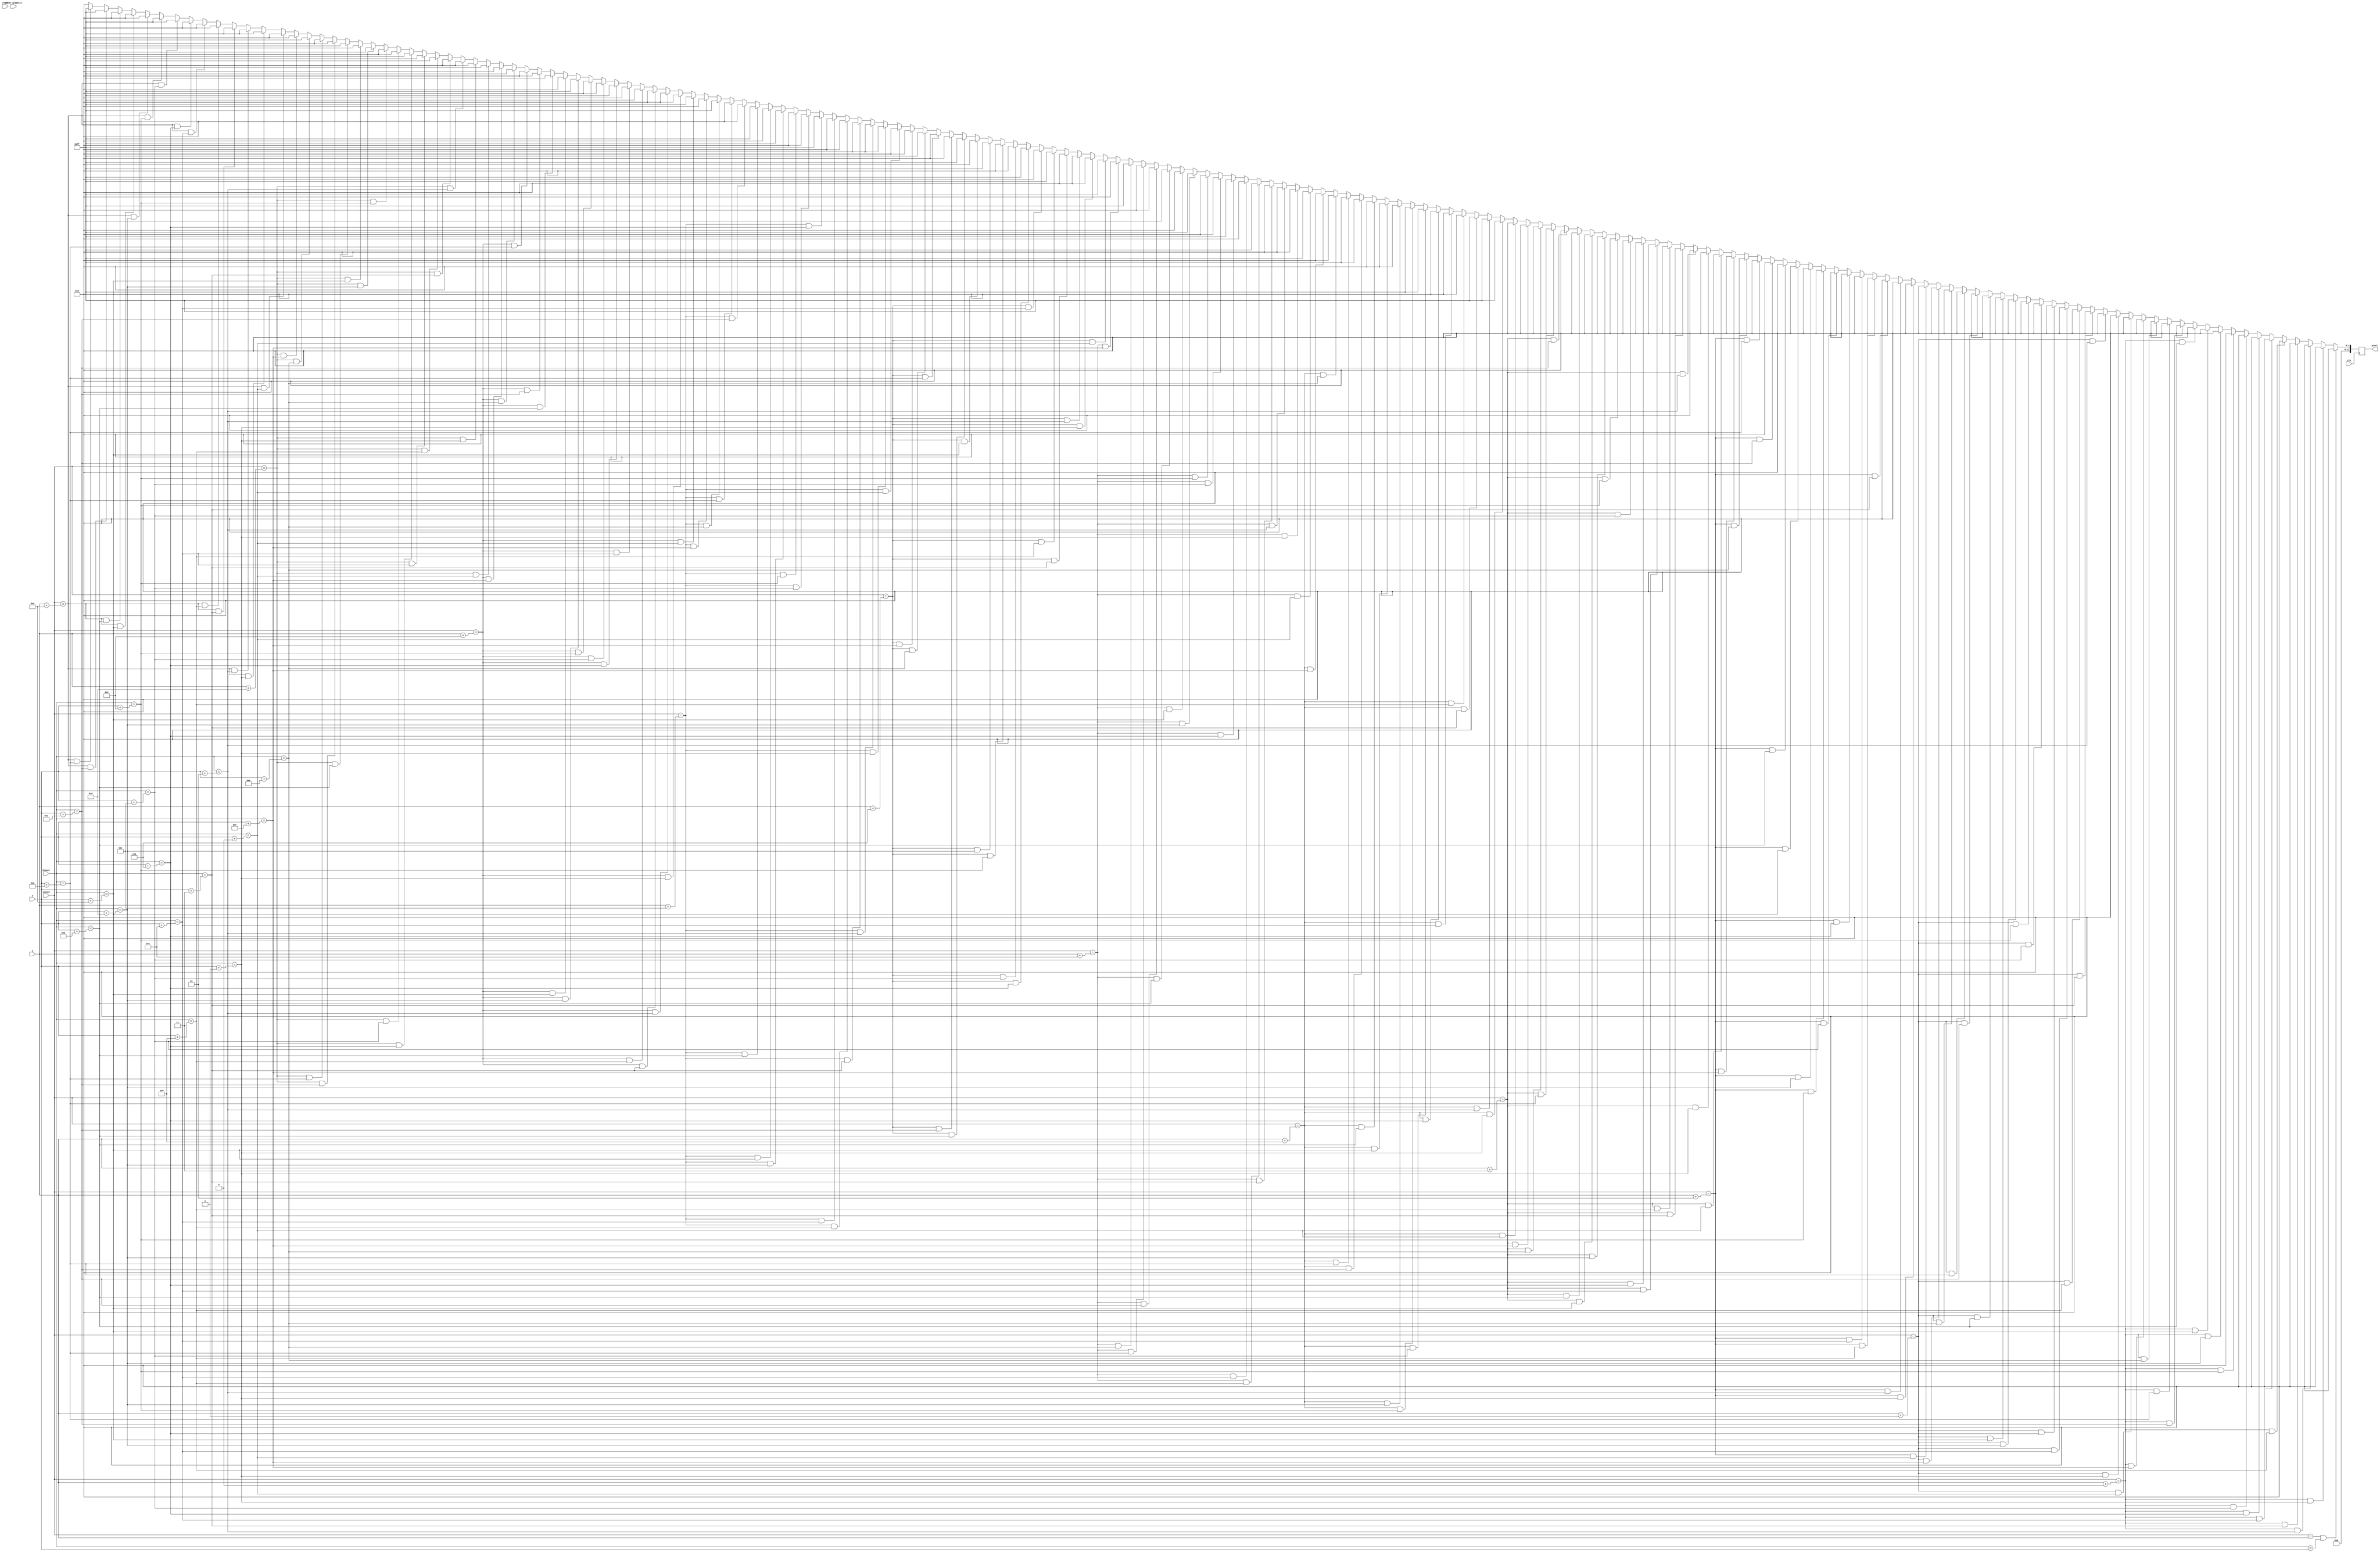
module points_800 (
    input clk,
    input reset,
    input inner_graphics,
    input [10:0] hcount,
    input [9:0] vcount,
    input [10:0] x,
    input [9:0] y,
    output reg [11:0] pixel
    );

    always @(posedge clk) begin
        if (vcount == y && hcount == x) pixel <= 12'h000;
        else if (vcount == y + 0 && hcount == x + 1) pixel <= 12'h000;
        else if (vcount == y + 0 && hcount == x + 2) pixel <= 12'h000;
        else if (vcount == y + 0 && hcount == x + 3) pixel <= 12'h000;
        else if (vcount == y + 0 && hcount == x + 4) pixel <= 12'h000;
        else if (vcount == y + 0 && hcount == x + 5) pixel <= 12'h000;
        else if (vcount == y + 0 && hcount == x + 6) pixel <= 12'h000;
        else if (vcount == y + 0 && hcount == x + 7) pixel <= 12'h000;
        else if (vcount == y + 0 && hcount == x + 8) pixel <= 12'h000;
        else if (vcount == y + 0 && hcount == x + 9) pixel <= 12'h000;
        else if (vcount == y + 0 && hcount == x + 10) pixel <= 12'h000;
        else if (vcount == y + 0 && hcount == x + 11) pixel <= 12'h000;
        else if (vcount == y + 0 && hcount == x + 12) pixel <= 12'h000;
        else if (vcount == y + 0 && hcount == x + 13) pixel <= 12'h000;
        else if (vcount == y + 0 && hcount == x + 14) pixel <= 12'h000;
        else if (vcount == y + 0 && hcount == x + 15) pixel <= 12'h000;
        else if (vcount == y + 1 && hcount == x + 0) pixel <= 12'h000;
        else if (vcount == y + 1 && hcount == x + 1) pixel <= 12'h000;
        else if (vcount == y + 1 && hcount == x + 2) pixel <= 12'h000;
        else if (vcount == y + 1 && hcount == x + 3) pixel <= 12'h000;
        else if (vcount == y + 1 && hcount == x + 4) pixel <= 12'h000;
        else if (vcount == y + 1 && hcount == x + 5) pixel <= 12'h000;
        else if (vcount == y + 1 && hcount == x + 6) pixel <= 12'h000;
        else if (vcount == y + 1 && hcount == x + 7) pixel <= 12'h000;
        else if (vcount == y + 1 && hcount == x + 8) pixel <= 12'h000;
        else if (vcount == y + 1 && hcount == x + 9) pixel <= 12'h000;
        else if (vcount == y + 1 && hcount == x + 10) pixel <= 12'h000;
        else if (vcount == y + 1 && hcount == x + 11) pixel <= 12'h000;
        else if (vcount == y + 1 && hcount == x + 12) pixel <= 12'h000;
        else if (vcount == y + 1 && hcount == x + 13) pixel <= 12'h000;
        else if (vcount == y + 1 && hcount == x + 14) pixel <= 12'h000;
        else if (vcount == y + 1 && hcount == x + 15) pixel <= 12'h000;
        else if (vcount == y + 2 && hcount == x + 0) pixel <= 12'h000;
        else if (vcount == y + 2 && hcount == x + 1) pixel <= 12'h000;
        else if (vcount == y + 2 && hcount == x + 2) pixel <= 12'h000;
        else if (vcount == y + 2 && hcount == x + 3) pixel <= 12'h000;
        else if (vcount == y + 2 && hcount == x + 4) pixel <= 12'h000;
        else if (vcount == y + 2 && hcount == x + 5) pixel <= 12'h000;
        else if (vcount == y + 2 && hcount == x + 6) pixel <= 12'h000;
        else if (vcount == y + 2 && hcount == x + 7) pixel <= 12'h000;
        else if (vcount == y + 2 && hcount == x + 8) pixel <= 12'h000;
        else if (vcount == y + 2 && hcount == x + 9) pixel <= 12'h000;
        else if (vcount == y + 2 && hcount == x + 10) pixel <= 12'h000;
        else if (vcount == y + 2 && hcount == x + 11) pixel <= 12'h000;
        else if (vcount == y + 2 && hcount == x + 12) pixel <= 12'h000;
        else if (vcount == y + 2 && hcount == x + 13) pixel <= 12'h000;
        else if (vcount == y + 2 && hcount == x + 14) pixel <= 12'h000;
        else if (vcount == y + 2 && hcount == x + 15) pixel <= 12'h000;
        else if (vcount == y + 3 && hcount == x + 0) pixel <= 12'h000;
        else if (vcount == y + 3 && hcount == x + 1) pixel <= 12'h000;
        else if (vcount == y + 3 && hcount == x + 2) pixel <= 12'h000;
        else if (vcount == y + 3 && hcount == x + 3) pixel <= 12'h000;
        else if (vcount == y + 3 && hcount == x + 4) pixel <= 12'h000;
        else if (vcount == y + 3 && hcount == x + 5) pixel <= 12'h000;
        else if (vcount == y + 3 && hcount == x + 6) pixel <= 12'h000;
        else if (vcount == y + 3 && hcount == x + 7) pixel <= 12'h000;
        else if (vcount == y + 3 && hcount == x + 8) pixel <= 12'h000;
        else if (vcount == y + 3 && hcount == x + 9) pixel <= 12'h000;
        else if (vcount == y + 3 && hcount == x + 10) pixel <= 12'h000;
        else if (vcount == y + 3 && hcount == x + 11) pixel <= 12'h000;
        else if (vcount == y + 3 && hcount == x + 12) pixel <= 12'h000;
        else if (vcount == y + 3 && hcount == x + 13) pixel <= 12'h000;
        else if (vcount == y + 3 && hcount == x + 14) pixel <= 12'h000;
        else if (vcount == y + 3 && hcount == x + 15) pixel <= 12'h000;
        else if (vcount == y + 4 && hcount == x + 0) pixel <= 12'h000;
        else if (vcount == y + 4 && hcount == x + 1) pixel <= 12'h0FF;
        else if (vcount == y + 4 && hcount == x + 2) pixel <= 12'h0FF;
        else if (vcount == y + 4 && hcount == x + 3) pixel <= 12'h0FF;
        else if (vcount == y + 4 && hcount == x + 4) pixel <= 12'h000;
        else if (vcount == y + 4 && hcount == x + 5) pixel <= 12'h000;
        else if (vcount == y + 4 && hcount == x + 6) pixel <= 12'h000;
        else if (vcount == y + 4 && hcount == x + 7) pixel <= 12'h0FF;
        else if (vcount == y + 4 && hcount == x + 8) pixel <= 12'h0FF;
        else if (vcount == y + 4 && hcount == x + 9) pixel <= 12'h000;
        else if (vcount == y + 4 && hcount == x + 10) pixel <= 12'h000;
        else if (vcount == y + 4 && hcount == x + 11) pixel <= 12'h000;
        else if (vcount == y + 4 && hcount == x + 12) pixel <= 12'h0FF;
        else if (vcount == y + 4 && hcount == x + 13) pixel <= 12'h0FF;
        else if (vcount == y + 4 && hcount == x + 14) pixel <= 12'h000;
        else if (vcount == y + 4 && hcount == x + 15) pixel <= 12'h000;
        else if (vcount == y + 5 && hcount == x + 0) pixel <= 12'h0FF;
        else if (vcount == y + 5 && hcount == x + 1) pixel <= 12'h000;
        else if (vcount == y + 5 && hcount == x + 2) pixel <= 12'h000;
        else if (vcount == y + 5 && hcount == x + 3) pixel <= 12'h000;
        else if (vcount == y + 5 && hcount == x + 4) pixel <= 12'h0FF;
        else if (vcount == y + 5 && hcount == x + 5) pixel <= 12'h000;
        else if (vcount == y + 5 && hcount == x + 6) pixel <= 12'h0FF;
        else if (vcount == y + 5 && hcount == x + 7) pixel <= 12'h000;
        else if (vcount == y + 5 && hcount == x + 8) pixel <= 12'h000;
        else if (vcount == y + 5 && hcount == x + 9) pixel <= 12'h0FF;
        else if (vcount == y + 5 && hcount == x + 10) pixel <= 12'h000;
        else if (vcount == y + 5 && hcount == x + 11) pixel <= 12'h0FF;
        else if (vcount == y + 5 && hcount == x + 12) pixel <= 12'h000;
        else if (vcount == y + 5 && hcount == x + 13) pixel <= 12'h000;
        else if (vcount == y + 5 && hcount == x + 14) pixel <= 12'h0FF;
        else if (vcount == y + 5 && hcount == x + 15) pixel <= 12'h000;
        else if (vcount == y + 6 && hcount == x + 0) pixel <= 12'h0FF;
        else if (vcount == y + 6 && hcount == x + 1) pixel <= 12'h000;
        else if (vcount == y + 6 && hcount == x + 2) pixel <= 12'h000;
        else if (vcount == y + 6 && hcount == x + 3) pixel <= 12'h000;
        else if (vcount == y + 6 && hcount == x + 4) pixel <= 12'h0FF;
        else if (vcount == y + 6 && hcount == x + 5) pixel <= 12'h000;
        else if (vcount == y + 6 && hcount == x + 6) pixel <= 12'h0FF;
        else if (vcount == y + 6 && hcount == x + 7) pixel <= 12'h000;
        else if (vcount == y + 6 && hcount == x + 8) pixel <= 12'h000;
        else if (vcount == y + 6 && hcount == x + 9) pixel <= 12'h0FF;
        else if (vcount == y + 6 && hcount == x + 10) pixel <= 12'h000;
        else if (vcount == y + 6 && hcount == x + 11) pixel <= 12'h0FF;
        else if (vcount == y + 6 && hcount == x + 12) pixel <= 12'h000;
        else if (vcount == y + 6 && hcount == x + 13) pixel <= 12'h000;
        else if (vcount == y + 6 && hcount == x + 14) pixel <= 12'h0FF;
        else if (vcount == y + 6 && hcount == x + 15) pixel <= 12'h000;
        else if (vcount == y + 7 && hcount == x + 0) pixel <= 12'h000;
        else if (vcount == y + 7 && hcount == x + 1) pixel <= 12'h0FF;
        else if (vcount == y + 7 && hcount == x + 2) pixel <= 12'h0FF;
        else if (vcount == y + 7 && hcount == x + 3) pixel <= 12'h0FF;
        else if (vcount == y + 7 && hcount == x + 4) pixel <= 12'h000;
        else if (vcount == y + 7 && hcount == x + 5) pixel <= 12'h000;
        else if (vcount == y + 7 && hcount == x + 6) pixel <= 12'h0FF;
        else if (vcount == y + 7 && hcount == x + 7) pixel <= 12'h000;
        else if (vcount == y + 7 && hcount == x + 8) pixel <= 12'h000;
        else if (vcount == y + 7 && hcount == x + 9) pixel <= 12'h0FF;
        else if (vcount == y + 7 && hcount == x + 10) pixel <= 12'h000;
        else if (vcount == y + 7 && hcount == x + 11) pixel <= 12'h0FF;
        else if (vcount == y + 7 && hcount == x + 12) pixel <= 12'h000;
        else if (vcount == y + 7 && hcount == x + 13) pixel <= 12'h000;
        else if (vcount == y + 7 && hcount == x + 14) pixel <= 12'h0FF;
        else if (vcount == y + 7 && hcount == x + 15) pixel <= 12'h000;
        else if (vcount == y + 8 && hcount == x + 0) pixel <= 12'h0FF;
        else if (vcount == y + 8 && hcount == x + 1) pixel <= 12'h000;
        else if (vcount == y + 8 && hcount == x + 2) pixel <= 12'h000;
        else if (vcount == y + 8 && hcount == x + 3) pixel <= 12'h000;
        else if (vcount == y + 8 && hcount == x + 4) pixel <= 12'h0FF;
        else if (vcount == y + 8 && hcount == x + 5) pixel <= 12'h000;
        else if (vcount == y + 8 && hcount == x + 6) pixel <= 12'h0FF;
        else if (vcount == y + 8 && hcount == x + 7) pixel <= 12'h000;
        else if (vcount == y + 8 && hcount == x + 8) pixel <= 12'h000;
        else if (vcount == y + 8 && hcount == x + 9) pixel <= 12'h0FF;
        else if (vcount == y + 8 && hcount == x + 10) pixel <= 12'h000;
        else if (vcount == y + 8 && hcount == x + 11) pixel <= 12'h0FF;
        else if (vcount == y + 8 && hcount == x + 12) pixel <= 12'h000;
        else if (vcount == y + 8 && hcount == x + 13) pixel <= 12'h000;
        else if (vcount == y + 8 && hcount == x + 14) pixel <= 12'h0FF;
        else if (vcount == y + 8 && hcount == x + 15) pixel <= 12'h000;
        else if (vcount == y + 9 && hcount == x + 0) pixel <= 12'h0FF;
        else if (vcount == y + 9 && hcount == x + 1) pixel <= 12'h000;
        else if (vcount == y + 9 && hcount == x + 2) pixel <= 12'h000;
        else if (vcount == y + 9 && hcount == x + 3) pixel <= 12'h000;
        else if (vcount == y + 9 && hcount == x + 4) pixel <= 12'h0FF;
        else if (vcount == y + 9 && hcount == x + 5) pixel <= 12'h000;
        else if (vcount == y + 9 && hcount == x + 6) pixel <= 12'h0FF;
        else if (vcount == y + 9 && hcount == x + 7) pixel <= 12'h000;
        else if (vcount == y + 9 && hcount == x + 8) pixel <= 12'h000;
        else if (vcount == y + 9 && hcount == x + 9) pixel <= 12'h0FF;
        else if (vcount == y + 9 && hcount == x + 10) pixel <= 12'h000;
        else if (vcount == y + 9 && hcount == x + 11) pixel <= 12'h0FF;
        else if (vcount == y + 9 && hcount == x + 12) pixel <= 12'h000;
        else if (vcount == y + 9 && hcount == x + 13) pixel <= 12'h000;
        else if (vcount == y + 9 && hcount == x + 14) pixel <= 12'h0FF;
        else if (vcount == y + 9 && hcount == x + 15) pixel <= 12'h000;
        else if (vcount == y + 10 && hcount == x + 0) pixel <= 12'h000;
        else if (vcount == y + 10 && hcount == x + 1) pixel <= 12'h0FF;
        else if (vcount == y + 10 && hcount == x + 2) pixel <= 12'h0FF;
        else if (vcount == y + 10 && hcount == x + 3) pixel <= 12'h0FF;
        else if (vcount == y + 10 && hcount == x + 4) pixel <= 12'h000;
        else if (vcount == y + 10 && hcount == x + 5) pixel <= 12'h000;
        else if (vcount == y + 10 && hcount == x + 6) pixel <= 12'h000;
        else if (vcount == y + 10 && hcount == x + 7) pixel <= 12'h0FF;
        else if (vcount == y + 10 && hcount == x + 8) pixel <= 12'h0FF;
        else if (vcount == y + 10 && hcount == x + 9) pixel <= 12'h000;
        else if (vcount == y + 10 && hcount == x + 10) pixel <= 12'h000;
        else if (vcount == y + 10 && hcount == x + 11) pixel <= 12'h000;
        else if (vcount == y + 10 && hcount == x + 12) pixel <= 12'h0FF;
        else if (vcount == y + 10 && hcount == x + 13) pixel <= 12'h0FF;
        else if (vcount == y + 10 && hcount == x + 14) pixel <= 12'h000;
        else if (vcount == y + 10 && hcount == x + 15) pixel <= 12'h000;
        else if (vcount == y + 11 && hcount == x + 0) pixel <= 12'h000;
        else if (vcount == y + 11 && hcount == x + 1) pixel <= 12'h000;
        else if (vcount == y + 11 && hcount == x + 2) pixel <= 12'h000;
        else if (vcount == y + 11 && hcount == x + 3) pixel <= 12'h000;
        else if (vcount == y + 11 && hcount == x + 4) pixel <= 12'h000;
        else if (vcount == y + 11 && hcount == x + 5) pixel <= 12'h000;
        else if (vcount == y + 11 && hcount == x + 6) pixel <= 12'h000;
        else if (vcount == y + 11 && hcount == x + 7) pixel <= 12'h000;
        else if (vcount == y + 11 && hcount == x + 8) pixel <= 12'h000;
        else if (vcount == y + 11 && hcount == x + 9) pixel <= 12'h000;
        else if (vcount == y + 11 && hcount == x + 10) pixel <= 12'h000;
        else if (vcount == y + 11 && hcount == x + 11) pixel <= 12'h000;
        else if (vcount == y + 11 && hcount == x + 12) pixel <= 12'h000;
        else if (vcount == y + 11 && hcount == x + 13) pixel <= 12'h000;
        else if (vcount == y + 11 && hcount == x + 14) pixel <= 12'h000;
        else if (vcount == y + 11 && hcount == x + 15) pixel <= 12'h000;
        else if (vcount == y + 12 && hcount == x + 0) pixel <= 12'h000;
        else if (vcount == y + 12 && hcount == x + 1) pixel <= 12'h000;
        else if (vcount == y + 12 && hcount == x + 2) pixel <= 12'h000;
        else if (vcount == y + 12 && hcount == x + 3) pixel <= 12'h000;
        else if (vcount == y + 12 && hcount == x + 4) pixel <= 12'h000;
        else if (vcount == y + 12 && hcount == x + 5) pixel <= 12'h000;
        else if (vcount == y + 12 && hcount == x + 6) pixel <= 12'h000;
        else if (vcount == y + 12 && hcount == x + 7) pixel <= 12'h000;
        else if (vcount == y + 12 && hcount == x + 8) pixel <= 12'h000;
        else if (vcount == y + 12 && hcount == x + 9) pixel <= 12'h000;
        else if (vcount == y + 12 && hcount == x + 10) pixel <= 12'h000;
        else if (vcount == y + 12 && hcount == x + 11) pixel <= 12'h000;
        else if (vcount == y + 12 && hcount == x + 12) pixel <= 12'h000;
        else if (vcount == y + 12 && hcount == x + 13) pixel <= 12'h000;
        else if (vcount == y + 12 && hcount == x + 14) pixel <= 12'h000;
        else if (vcount == y + 12 && hcount == x + 15) pixel <= 12'h000;
        else if (vcount == y + 13 && hcount == x + 0) pixel <= 12'h000;
        else if (vcount == y + 13 && hcount == x + 1) pixel <= 12'h000;
        else if (vcount == y + 13 && hcount == x + 2) pixel <= 12'h000;
        else if (vcount == y + 13 && hcount == x + 3) pixel <= 12'h000;
        else if (vcount == y + 13 && hcount == x + 4) pixel <= 12'h000;
        else if (vcount == y + 13 && hcount == x + 5) pixel <= 12'h000;
        else if (vcount == y + 13 && hcount == x + 6) pixel <= 12'h000;
        else if (vcount == y + 13 && hcount == x + 7) pixel <= 12'h000;
        else if (vcount == y + 13 && hcount == x + 8) pixel <= 12'h000;
        else if (vcount == y + 13 && hcount == x + 9) pixel <= 12'h000;
        else if (vcount == y + 13 && hcount == x + 10) pixel <= 12'h000;
        else if (vcount == y + 13 && hcount == x + 11) pixel <= 12'h000;
        else if (vcount == y + 13 && hcount == x + 12) pixel <= 12'h000;
        else if (vcount == y + 13 && hcount == x + 13) pixel <= 12'h000;
        else if (vcount == y + 13 && hcount == x + 14) pixel <= 12'h000;
        else if (vcount == y + 13 && hcount == x + 15) pixel <= 12'h000;
        else if (vcount == y + 14 && hcount == x + 0) pixel <= 12'h000;
        else if (vcount == y + 14 && hcount == x + 1) pixel <= 12'h000;
        else if (vcount == y + 14 && hcount == x + 2) pixel <= 12'h000;
        else if (vcount == y + 14 && hcount == x + 3) pixel <= 12'h000;
        else if (vcount == y + 14 && hcount == x + 4) pixel <= 12'h000;
        else if (vcount == y + 14 && hcount == x + 5) pixel <= 12'h000;
        else if (vcount == y + 14 && hcount == x + 6) pixel <= 12'h000;
        else if (vcount == y + 14 && hcount == x + 7) pixel <= 12'h000;
        else if (vcount == y + 14 && hcount == x + 8) pixel <= 12'h000;
        else if (vcount == y + 14 && hcount == x + 9) pixel <= 12'h000;
        else if (vcount == y + 14 && hcount == x + 10) pixel <= 12'h000;
        else if (vcount == y + 14 && hcount == x + 11) pixel <= 12'h000;
        else if (vcount == y + 14 && hcount == x + 12) pixel <= 12'h000;
        else if (vcount == y + 14 && hcount == x + 13) pixel <= 12'h000;
        else if (vcount == y + 14 && hcount == x + 14) pixel <= 12'h000;
        else if (vcount == y + 14 && hcount == x + 15) pixel <= 12'h000;
        else if (vcount == y + 15 && hcount == x + 0) pixel <= 12'h000;
        else if (vcount == y + 15 && hcount == x + 1) pixel <= 12'h000;
        else if (vcount == y + 15 && hcount == x + 2) pixel <= 12'h000;
        else if (vcount == y + 15 && hcount == x + 3) pixel <= 12'h000;
        else if (vcount == y + 15 && hcount == x + 4) pixel <= 12'h000;
        else if (vcount == y + 15 && hcount == x + 5) pixel <= 12'h000;
        else if (vcount == y + 15 && hcount == x + 6) pixel <= 12'h000;
        else if (vcount == y + 15 && hcount == x + 7) pixel <= 12'h000;
        else if (vcount == y + 15 && hcount == x + 8) pixel <= 12'h000;
        else if (vcount == y + 15 && hcount == x + 9) pixel <= 12'h000;
        else if (vcount == y + 15 && hcount == x + 10) pixel <= 12'h000;
        else if (vcount == y + 15 && hcount == x + 11) pixel <= 12'h000;
        else if (vcount == y + 15 && hcount == x + 12) pixel <= 12'h000;
        else if (vcount == y + 15 && hcount == x + 13) pixel <= 12'h000;
        else if (vcount == y + 15 && hcount == x + 14) pixel <= 12'h000;
        else if (vcount == y + 15 && hcount == x + 15) pixel <= 12'h000;
        else pixel <= 12'h000;
    end
endmodule